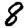
Digit: 8